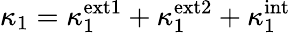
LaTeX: \kappa_{1}=\kappa_{1}^{\mathrm{ext1}}+\kappa_{1}^{\mathrm{ext2}}+\kappa_{1}^{\mathrm{int}}